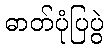
ဓာတ်ပုံပြပွဲ